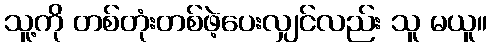
သူ့ကို တစ်တုံးတစ်ဖဲ့ပေးလျှင်လည်း သူ မယူ။